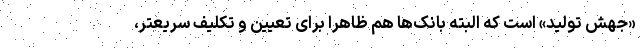
«جهش تولید» است که البته بانک‌ها هم ظاهرا برای تعیین و تکلیفِ سریعتر،